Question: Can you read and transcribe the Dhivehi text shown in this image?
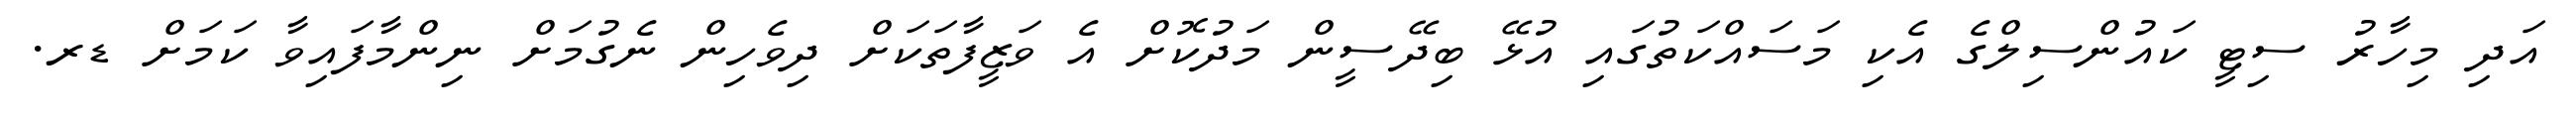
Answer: އަދި މިހާރު ސިޓީ ކައުންސިލްގެ އެކި މަސައްކަތުގައި އުޅޭ ބިދޭސީން މަދުކޮށް އެ ވަޒީފާތަކަށް ދިވެހިން ނެގުމަށް ނިންމާފައިވާ ކަމަށް ޑރ.